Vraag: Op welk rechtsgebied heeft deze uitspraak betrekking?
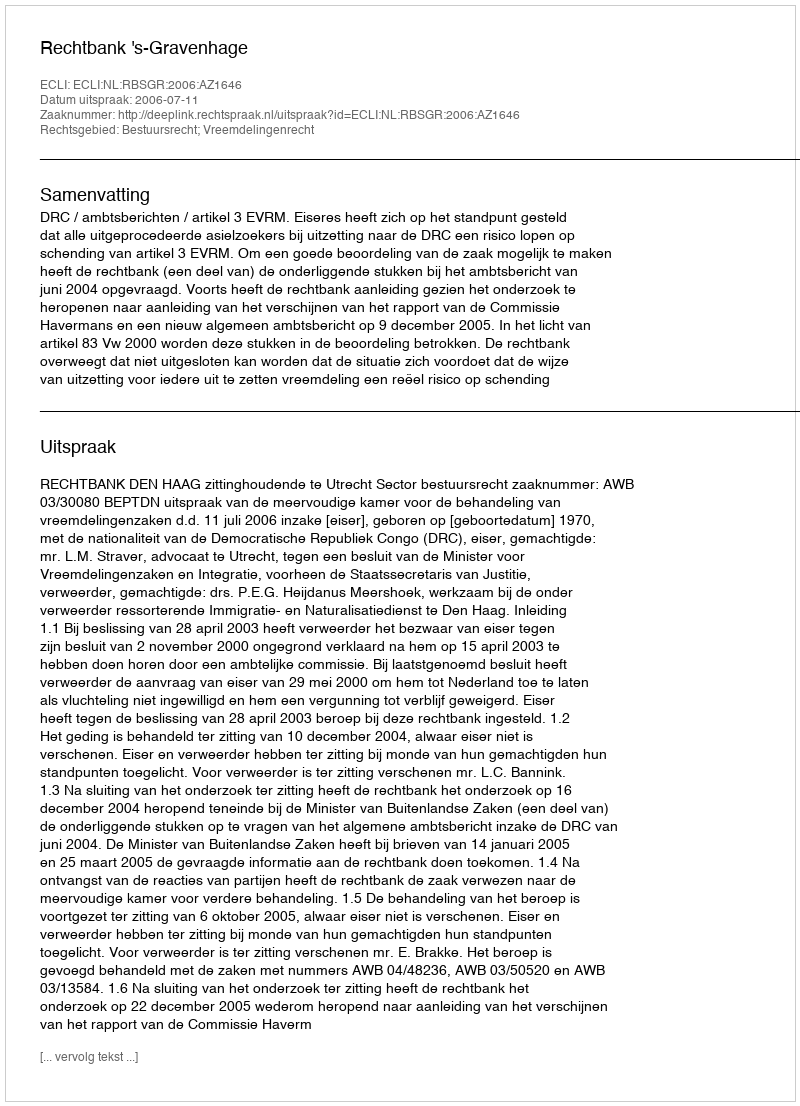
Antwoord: Bestuursrecht; Vreemdelingenrecht